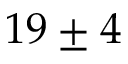
1 9 \pm 4